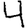
Digit: 4